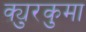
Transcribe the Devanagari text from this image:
क्युरकुमा